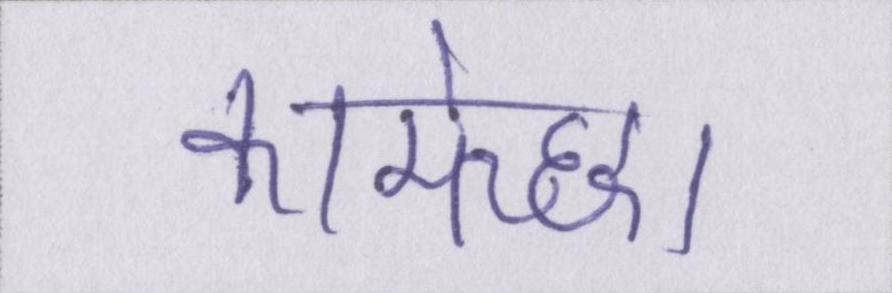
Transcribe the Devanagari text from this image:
कामेच्छा